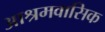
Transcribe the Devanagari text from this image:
आश्रमवासिक